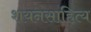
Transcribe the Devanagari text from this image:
शयनसाहित्य